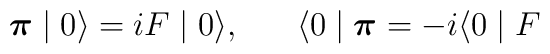
\textup{\boldmath $\pi$} \mid 0 \rangle = iF\mid 0 \rangle ,\; \; \; \; \; \; \langle 0 \mid \textup{\boldmath $\pi$} = -i \langle 0 \mid F